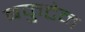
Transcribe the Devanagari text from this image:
बकुटेन